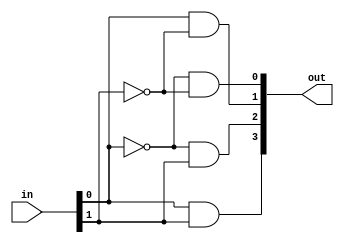

// varianta cu assign, urmand schema 

module decodor_v2
	(
		input wire [1:0] in,
		output wire [3:0] out 
	);
	
	// fiecare bit din iesire calculat independent
assign out[0] = ~in[0] & ~in[1];
assign out[1] = in[0] & ~in[1];
assign out[2] = ~in[0] & in[1];
assign out[3] = in[0] & in[1];

endmodule